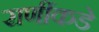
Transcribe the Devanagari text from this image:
राणींकडे